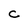
Character: C